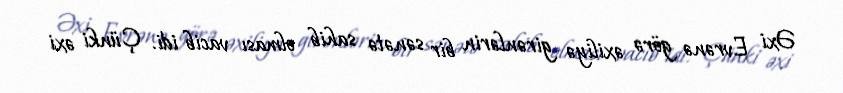
Əxi Evrənə görə əxiliyə girənlərin bir sənətə sahib olması vacib idi. Çünki əxi